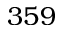
3 5 9